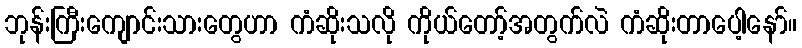
ဘုန်းကြီးကျောင်းသားတွေဟာ ကံဆိုးသလို ကိုယ်တော့်အတွက်လဲ ကံဆိုးတာပေါ့နော်။